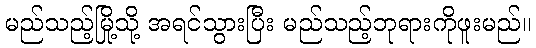
မည်သည့်မြို့သို့ အရင်သွားပြီး မည်သည့်ဘုရားကိုဖူးမည်။